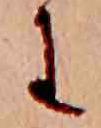
に